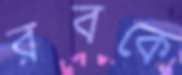
রবকে